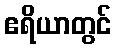
ဧရိယာတွင်